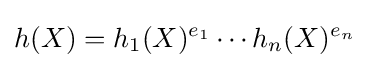
h(X)=h_{1}(X)^{e_{1}}\cdots h_{n}(X)^{e_{n}}